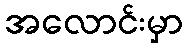
အလောင်းမှာ